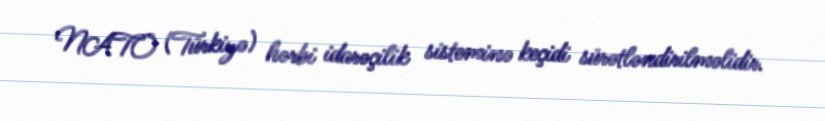
NATO (Türkiyə) hərbi idarəçilik sisteminə keçidi sürətləndirilməlidir.